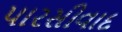
પારસીવાદ